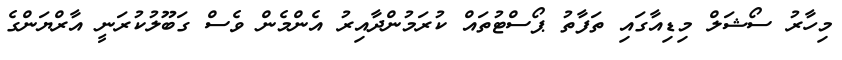
މިހާރު ސޯޝަލް މިޑިއާގައި ތަފާތު ޕޯސްޓުތައް ކުރަމުންދާއިރު އެންމެން ވެސް ގަބޫލުކުރަނީ އާރްޔަންގެ